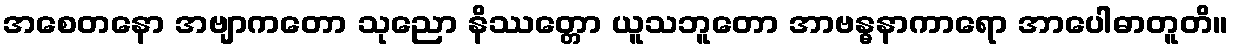
အစေတနော အဗျာကတော သုညော နိဿတ္တော ယူသဘူတော အာဗန္ဓနာကာရော အာပေါဓာတူတိ။